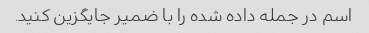
اسم در جمله داده شده را با ضمیر جایگزین کنید.